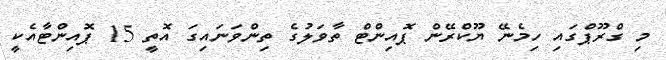
މި ގްރޫޕްގައި ހިމެނޭ ޔޫކްރޭން ޕޮއިންޓް ތާވަލުގެ ތިންވަނައިގަ އޮތީ 15 ޕޮއިންޓާއެކީ